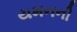
યમનની